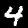
Digit: 4